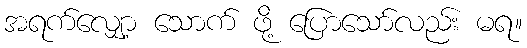
အရက်လျှော့ သောက် ဖို့ ပြောသော်လည်း မရ။